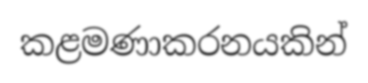
කළමණාකරනයකින්